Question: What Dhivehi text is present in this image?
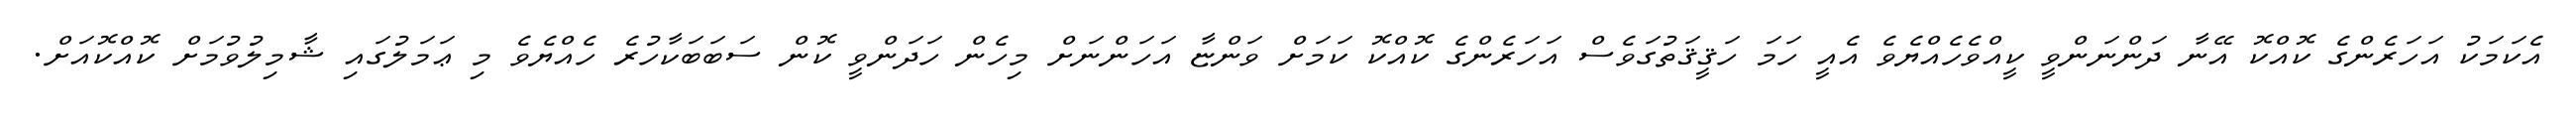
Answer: އެކަމަކު އަހަރެންގެ ކޮއްކޮ އޭނާ ދަންނަންވީ ކީއްވެހެއްޔެވެ އެއީ ހަމަ ހަޤީޤަތުގަވެސް އަހަރެންގެ ކޮއްކޮ ކަމަށް ވަންޏާ އަހަންނަށް މިހެން ހަދަންވީ ކޮން ސަބަބަކާހުރެ ހެއްޔެވެ މި ޢަމަލުގައި ޝާމިލުވުމަށް ކޮއްކޮއަށް.